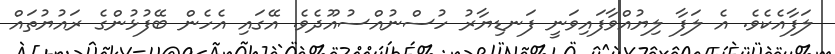
ލަފާއެކެވެ. އެ ލަފާ ލިޔުއްވާފައިވަނީ ފަނޑިޔާރު ހުސްނުއްސުއޫދެވެ. އޭގައި އެހެން ބޭފުޅުންގެ ރައުޔުތައް